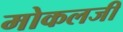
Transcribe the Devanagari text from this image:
मोकलजी